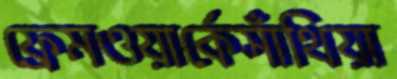
ফ্রেমওয়ার্কেসাঁথিয়া